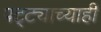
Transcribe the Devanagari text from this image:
पट्ट्याच्याही